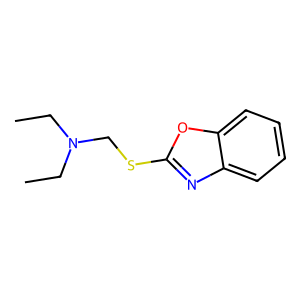
SMILES: CCN(CC)CSc1nc2ccccc2o1
Inhibits HIV replication: No